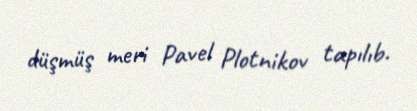
düşmüş meri Pavel Plotnikov tapılıb.